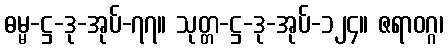
ဓမ္မ-ဋ္ဌ-ဒု-အုပ်-၇၇။ သုတ္တ-ဋ္ဌ-ဒု-အုပ်-၁၂၄။ ဇရာဝဂ္ဂ၊